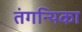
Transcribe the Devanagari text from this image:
तंगन्यिका